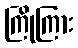
ကြိုကြား